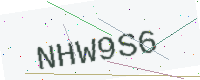
Text: NHW9S6